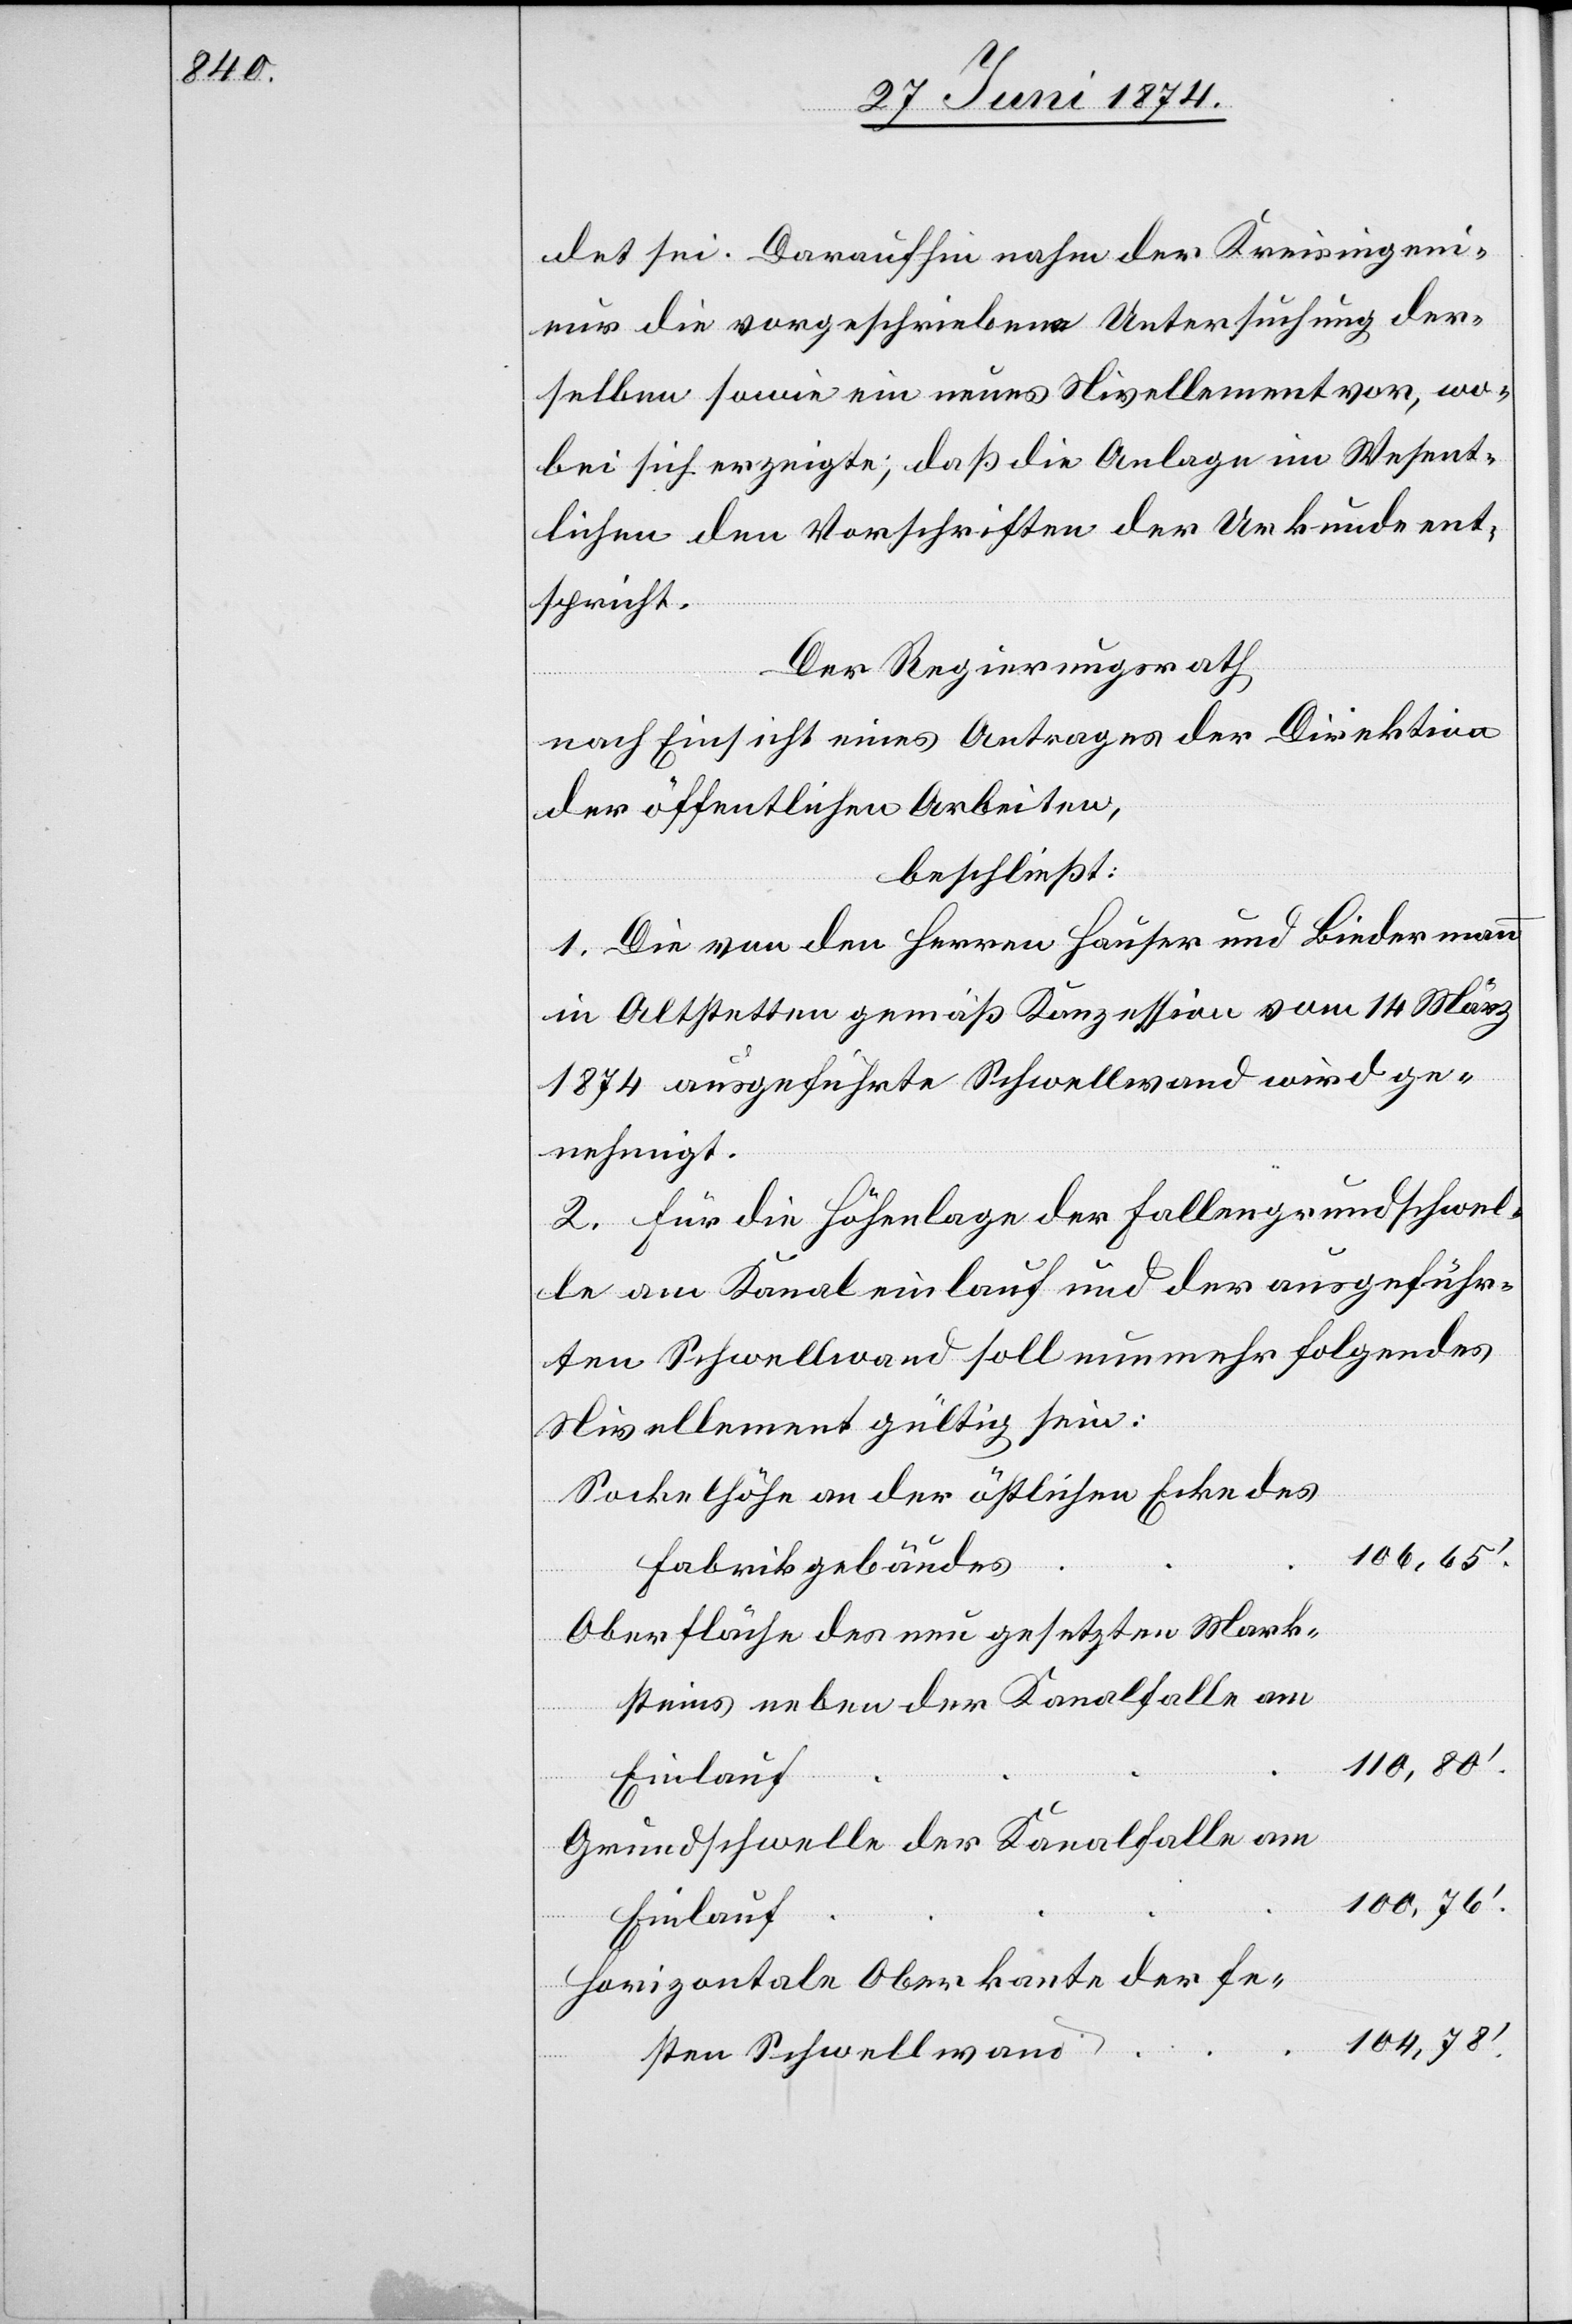
det sei. Daraufhin nahm der Kreisingeni¬
eur die vorgeschriebene Untersuchung der¬
selben sowie ein neues Nivellement vor, wo¬
bei sich erzeigte; daß die Anlage im Wesent¬
lichen den Vorschriften der Urkunde ent¬
spricht.
Der Regierungsrath
nach Einsicht eines Antrages der Direktion
der öffentlichen Arbeiten,
beschließt:
1. Die von den Herren Hauser und Biedermann
in Altstetten gemäß Konzession vom 14. März
1874 ausgeführte Schwellwand wird ge¬
nehmigt.
2. Für die Höhenlage der Fallengrundschwel¬
le am Kanaleinlauf und der ausgeführ¬
ten Schwellwand soll nunmehr folgendes
Nivellement gültig sein:
Sockelhöhe an der östlichen Ecke des
106,65‘.
Fabrikgebäudes
Oberfläche des neu gesetzten Mark¬
steins neben der Kanalfalle am
110,80‘.
Grundschwelle der Kanalfalle am
Einlauf
Horizontale Oberkante der fe¬
104,78‘.
sten Schwellwand